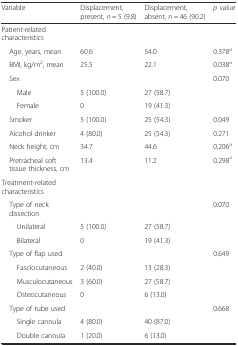
<table><thead><tr><td><b>Variable</b></td><td><b>Displacement, present, <i>n</i> = 5 (9.8)</b></td><td><b>Displacement, absent, <i>n</i> = 46 (90.2)</b></td><td><b><i>p</i> value</b></td></tr></thead><tbody><tr><td>Patient-related characteristics</td><td></td><td></td><td></td></tr><tr><td> Age, years, mean</td><td>60.6</td><td>54.0</td><td>0.378<sup>a</sup></td></tr><tr><td> BMI, kg/m<sup>2</sup>, mean</td><td>25.5</td><td>22.1</td><td>0.038<sup>a</sup></td></tr><tr><td> Sex</td><td></td><td></td><td>0.070</td></tr><tr><td>Male</td><td>5 (100.0)</td><td>27 (58.7)</td><td></td></tr><tr><td>Female</td><td>0</td><td>19 (41.3)</td><td></td></tr><tr><td> Smoker</td><td>5 (100.0)</td><td>25 (54.3)</td><td>0.049</td></tr><tr><td> Alcohol drinker</td><td>4 (80.0)</td><td>25 (54.3)</td><td>0.271</td></tr><tr><td> Neck height, cm</td><td>34.7</td><td>44.6</td><td>0.206<sup>a</sup></td></tr><tr><td> Pretracheal soft tissue thickness, cm</td><td>13.4</td><td>11.2</td><td>0.298<sup>a</sup></td></tr><tr><td>Treatment-related characteristics</td><td></td><td></td><td></td></tr><tr><td> Type of neck dissection</td><td></td><td></td><td>0.070</td></tr><tr><td>Unilateral</td><td>5 (100.0)</td><td>27 (58.7)</td><td></td></tr><tr><td>Bilateral</td><td>0</td><td>19 (41.3)</td><td></td></tr><tr><td> Type of flap used</td><td></td><td></td><td>0.649</td></tr><tr><td>Fasciocutaneous</td><td>2 (40.0)</td><td>13 (28.3)</td><td></td></tr><tr><td>Musculocutaneous</td><td>3 (60.0)</td><td>27 (58.7)</td><td></td></tr><tr><td>Osteocutaneous</td><td>0</td><td>6 (13.0)</td><td></td></tr><tr><td> Type of tube used</td><td></td><td></td><td>0.668</td></tr><tr><td>Single cannula</td><td>4 (80.0)</td><td>40 (87.0)</td><td></td></tr><tr><td>Double cannula</td><td>1 (20.0)</td><td>6 (13.0)</td><td></td></tr></tbody></table>